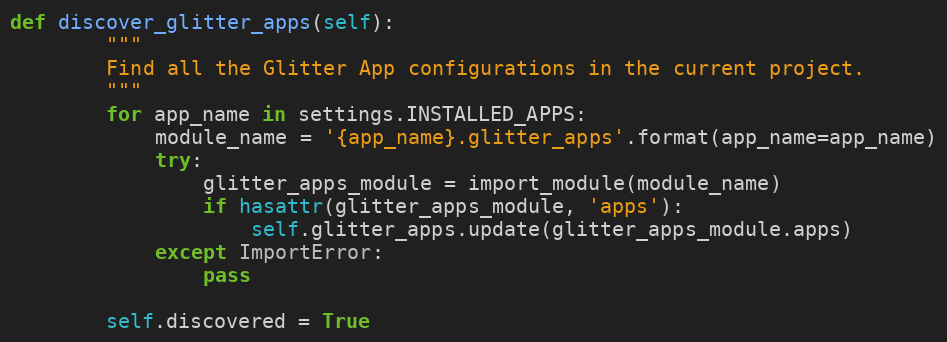
Language: Python
def discover_glitter_apps(self):
        """
        Find all the Glitter App configurations in the current project.
        """
        for app_name in settings.INSTALLED_APPS:
            module_name = '{app_name}.glitter_apps'.format(app_name=app_name)
            try:
                glitter_apps_module = import_module(module_name)
                if hasattr(glitter_apps_module, 'apps'):
                    self.glitter_apps.update(glitter_apps_module.apps)
            except ImportError:
                pass

        self.discovered = True